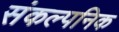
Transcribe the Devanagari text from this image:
संकल्पनिक